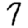
Digit: 7